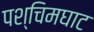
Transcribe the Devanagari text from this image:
पश्चिमघाट